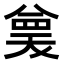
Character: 𭁗